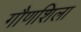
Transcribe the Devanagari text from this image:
गौणशिला